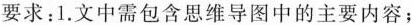
要求11:1.文中需要包含思维导图中的主要内容；